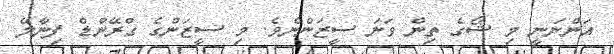
އަންނަނީ މި ޝޯގެ ތިން ވަނަ ސީޒަންނެވެ. މި ސީޒަންގެ ގްރޭންޑް ފިނާލޭ